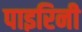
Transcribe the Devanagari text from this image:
पाइरिनी